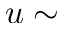
u \sim